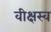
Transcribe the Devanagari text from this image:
वीक्षस्व